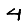
Digit: 4